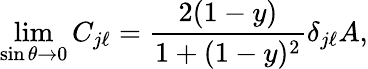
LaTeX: \operatorname*{lim}_{\sin\theta\rightarrow 0}C_{j\ell}=\frac{2(1-y)}{1+(1-y)^{2}}\delta_{j\ell}A,